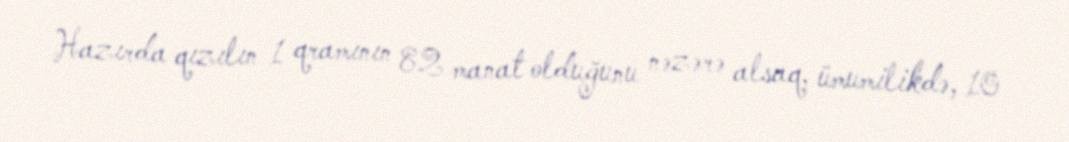
Hazırda qızılın 1 qramının 82 manat olduğunu nəzərə alsaq, ümumilikdə, 10